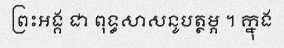
ព្រះអង្គ ជា ពុទ្ធសាសនូបត្ថម្ភ ។ ក្នុង